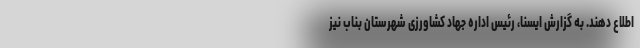
اطلاع دهند. به گزارش ایسنا، رئیس اداره جهاد کشاورزی شهرستان بناب نیز